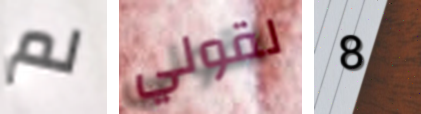
لم لقولي 8